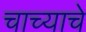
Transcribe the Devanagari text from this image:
चाच्याचे